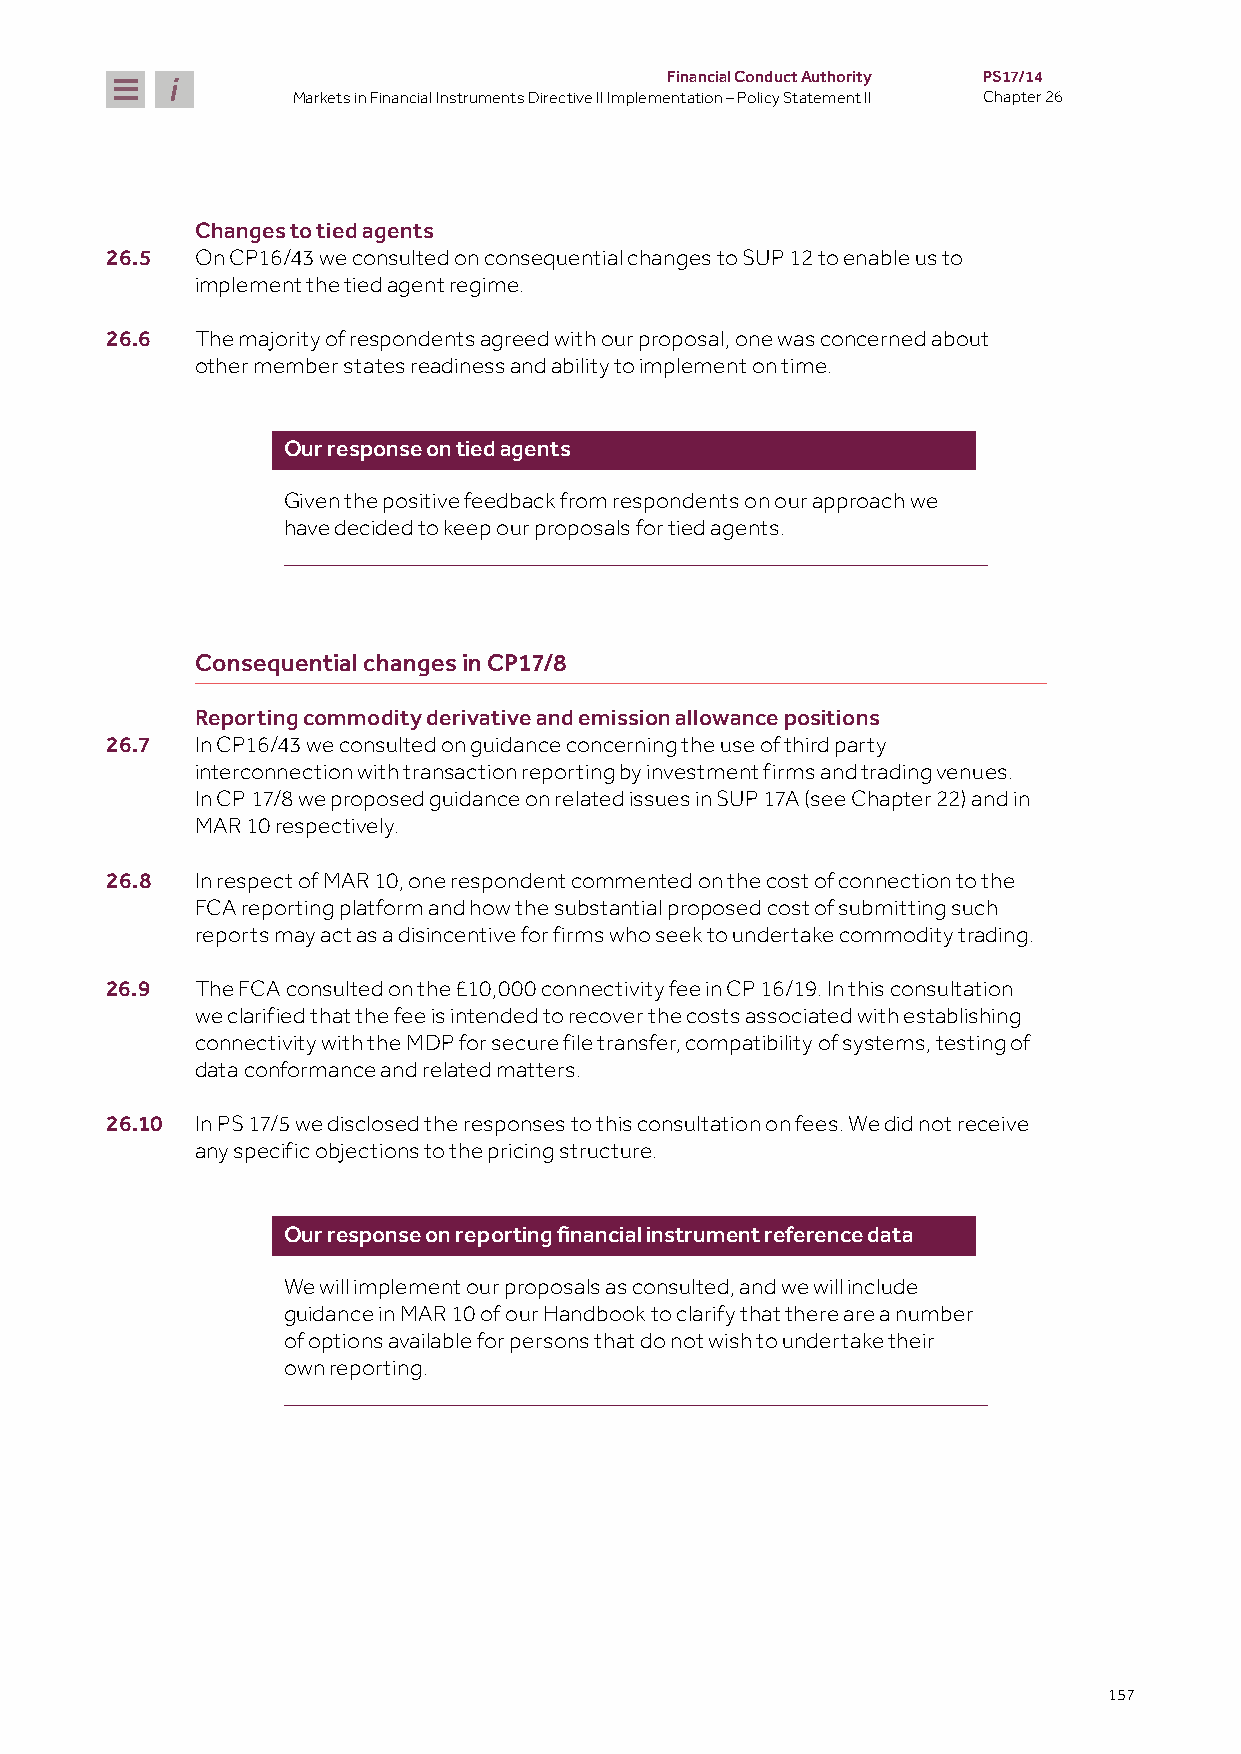
Financial Conduct Authority PS17/14
 Markets in Financial Instruments Directive II Implementation – Policy Statement II Chapter 26
 Changes to tied agents
 26.5  On CP16/43 we consulted on consequential changes to SUP 12 to enable us to
 implement the tied agent regime.
 26.6  The majority of respondents agreed with our proposal, one was concerned about
 other member states readiness and ability to implement on time.
 Our response on tied agents
 Given the positive feedback from respondents on our approach we
 have decided to keep our proposals for tied agents.
 Consequential changes in CP17/8
 Reporting commodity derivative and emission allowance positions
 26.7  In CP16/43 we consulted on guidance concerning the use of third party
 interconnection with transaction reporting by investment firms and trading venues.
 In CP 17/8 we proposed guidance on related issues in SUP 17A (see Chapter 22) and in
 MAR 10 respectively.
 26.8  In respect of MAR 10, one respondent commented on the cost of connection to the
 FCA reporting platform and how the substantial proposed cost of submitting such
 reports may act as a disincentive for firms who seek to undertake commodity trading.
 26.9  The FCA consulted on the £10,000 connectivity fee in CP 16/19. In this consultation
 we clarified that the fee is intended to recover the costs associated with establishing
 connectivity with the MDP for secure file transfer, compatibility of systems, testing of
 data conformance and related matters.
 26.10 In PS 17/5 we disclosed the responses to this consultation on fees. We did not receive
 any specific objections to the pricing structure.
 Our response on reporting financial instrument reference data
 We will implement our proposals as consulted, and we will include
 guidance in MAR 10 of our Handbook to clarify that there are a number
 of options available for persons that do not wish to undertake their
 own reporting.
 157